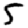
Digit: 5